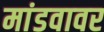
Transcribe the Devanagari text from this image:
मांडवावर